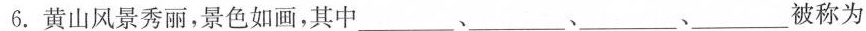
6.黄山风景秀丽，景色如画，其中___、___、___被称为